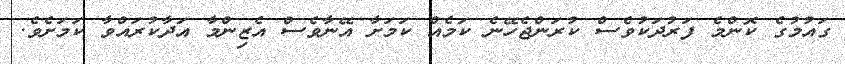
ގައުމުގެ ކޮންމެ ފަރުދަކުވެސް ކުރަންޖެހޭނެ ކަމެއް ކަމަށާ އޭނާވެސް އެޒިންމާ އަދާކުރައްވާ ކަމަށެވެ.